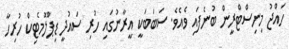
ހައްޖު މިނިސްޓްރީން ބުނެފައި ވެއެވެ. ސަބަބަކީ އީރާނުގައި ހުރި ސައުދީ ޑިޕްލޮމެޓިކް ހުރިހާ